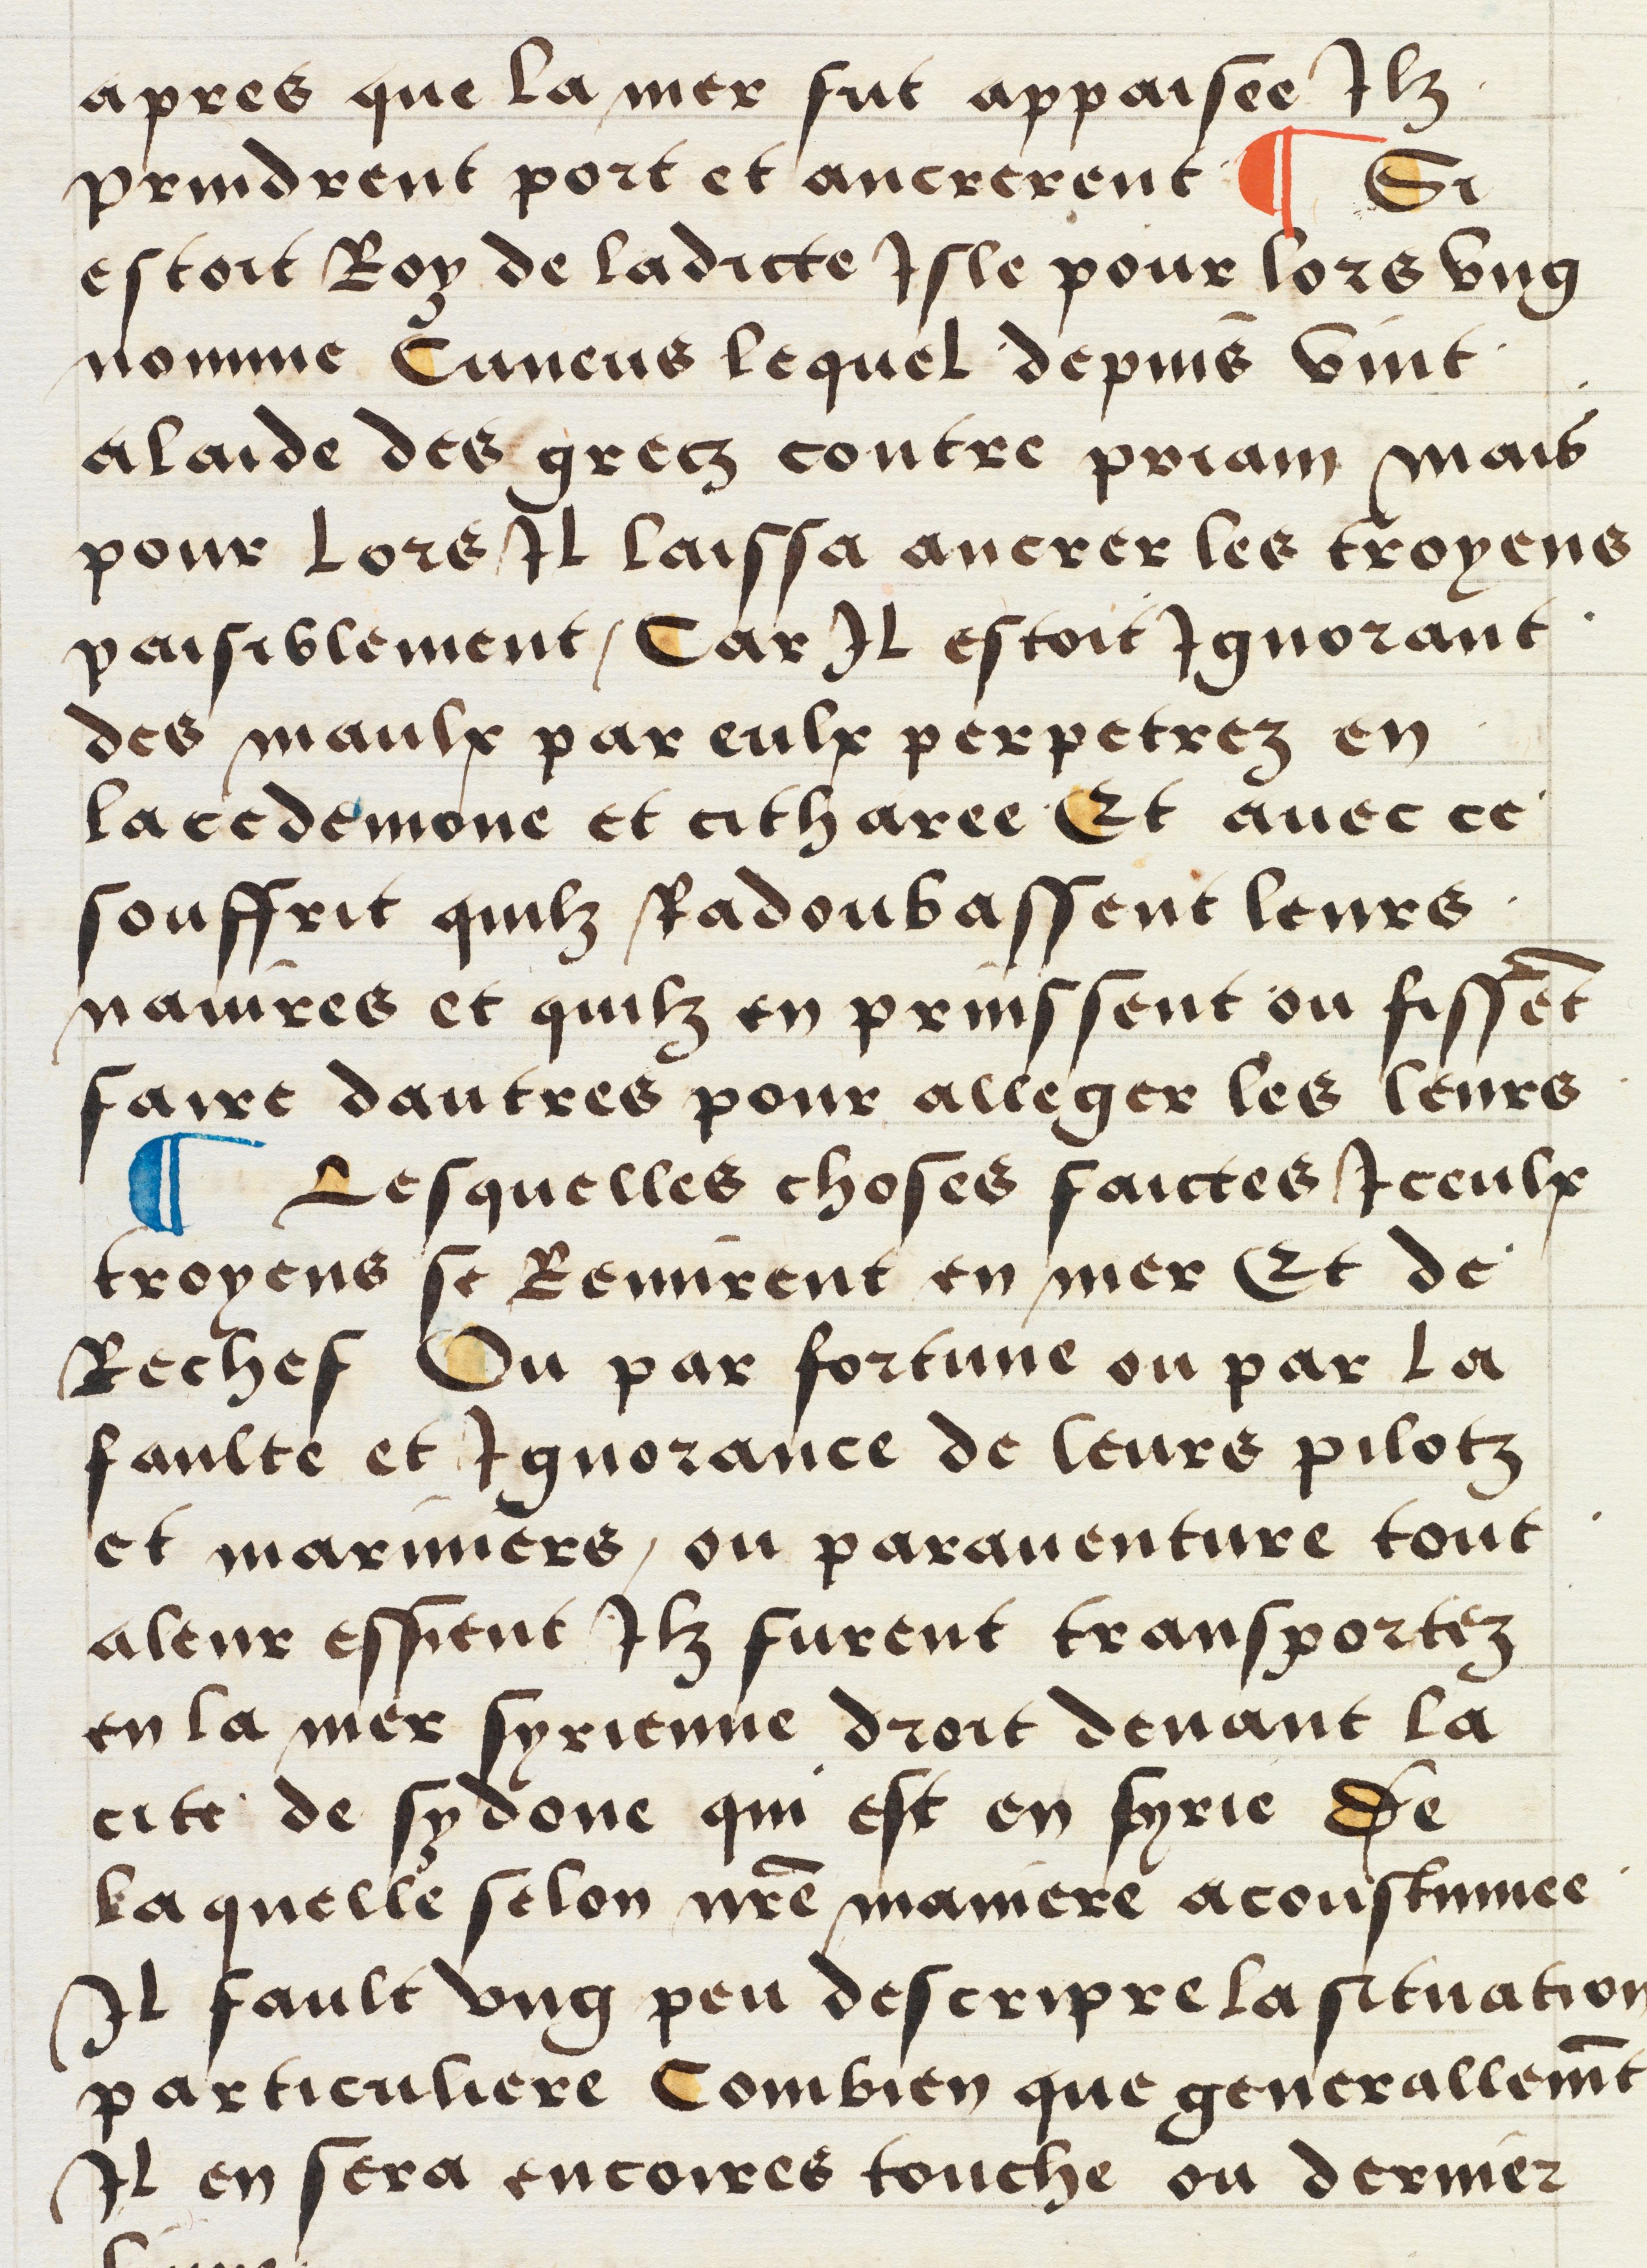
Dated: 1512–1524